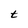
Character: t